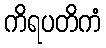
ကိရပတိကံ